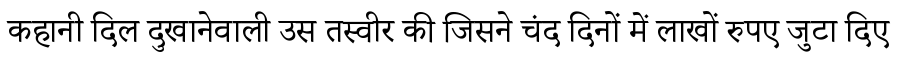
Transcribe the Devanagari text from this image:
कहानी दिल दुखानेवाली उस तस्वीर की जिसने चंद दिनों में लाखों रुपए जुटा दिए